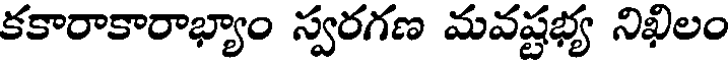
కకారాకారాభ్యాం స్వరగణ మవష్టభ్య నిఖిలం